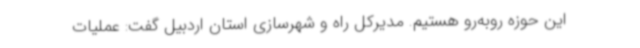
این حوزه روبه‌رو هستیم. مدیرکل راه و شهرسازی استان اردبیل گفت:‌ عملیات